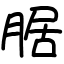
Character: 腒